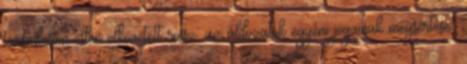
társadalom ellen elkövetett rossz, az áldozatok egyéni jogainak megsértése;